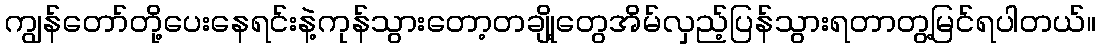
ကျွန်တော်တို့ပေးနေရင်းနဲ့ကုန်သွားတော့တချို့တွေအိမ်လှည့်ပြန်သွားရတာတွ့မြင်ရပါတယ်။